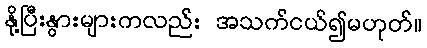
နို့ပြီးနွားများကလည်း အသက်ငယ်၍မဟုတ်။